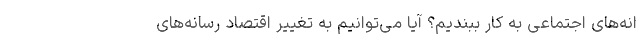
انه‌های اجتماعی به کار ببندیم؟ آیا می‌توانیم به تغییر اقتصاد رسانه‌های